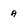
Character: a